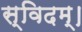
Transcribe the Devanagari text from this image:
स्विदम्।